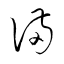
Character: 滿